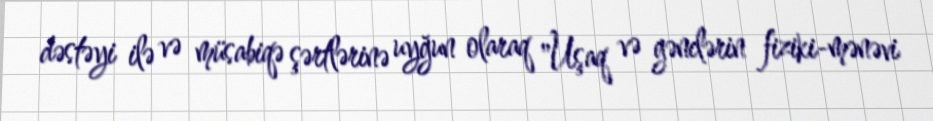
dəstəyi ilə və müsabiqə şərtlərinə uyğun olaraq "Uşaq və gənclərin fiziki-mənəvi